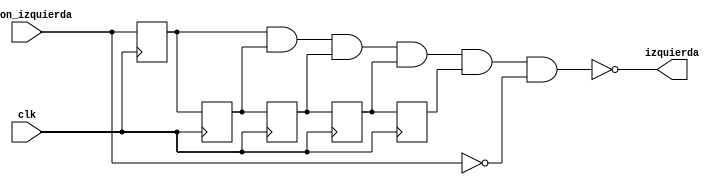
`timescale 1ns / 10ps

module metaizquierda(
		input boton_izquierda,
		input clk,
		output izquierda
    );

reg FF_1;
reg FF_2;
reg FF_3;
reg FF_4;
reg FF_5;

always @(posedge clk)
begin
	FF_1 <= boton_izquierda;
	FF_2 <= FF_1;
	FF_3 <= FF_2;
	FF_4 <= FF_3;
	FF_5 <= FF_4;
end

assign izquierda = !((FF_1) & (FF_2) & (FF_3) & (FF_4) & (FF_5) & (!boton_izquierda));
endmodule